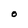
Character: O